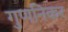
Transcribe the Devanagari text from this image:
गुणनिकर